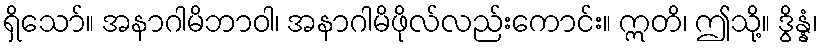
ရှိသော်။ အနာဂါမိဘာဝါ၊ အနာဂါမိဖိုလ်လည်းကောင်း။ ဣတိ၊ ဤသို့။ ဒွိန္နံ၊